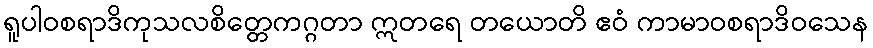
ရူပါဝစရာဒိကုသလစိတ္တေကဂ္ဂတာ ဣတရေ တယောတိ ဧဝံ ကာမာဝစရာဒိဝသေန